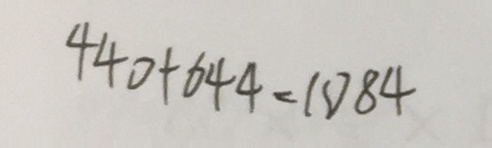
4 4 0 + 6 4 4 = 1 0 8 4